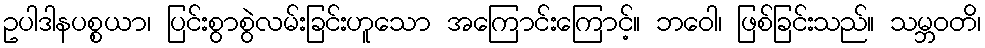
ဥပါဒါနပစ္စယာ၊ ပြင်းစွာစွဲလမ်းခြင်းဟူသော အကြောင်းကြောင့်။ ဘဝေါ၊ ဖြစ်ခြင်းသည်။ သမ္ဘဝတိ၊